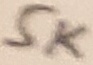
Text: 5K